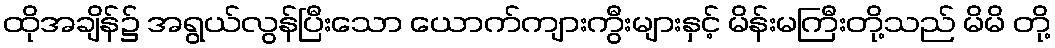
ထိုအချိန်၌ အရွယ်လွန်ပြီးသော ယောက်ကျားကွီးများနှင့် မိန်းမကြီးတို့သည် မိမိ တို့